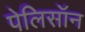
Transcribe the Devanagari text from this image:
पेलिसॉन